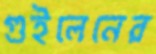
গুইলেনের